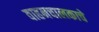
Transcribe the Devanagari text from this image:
वाहनचालकाचे